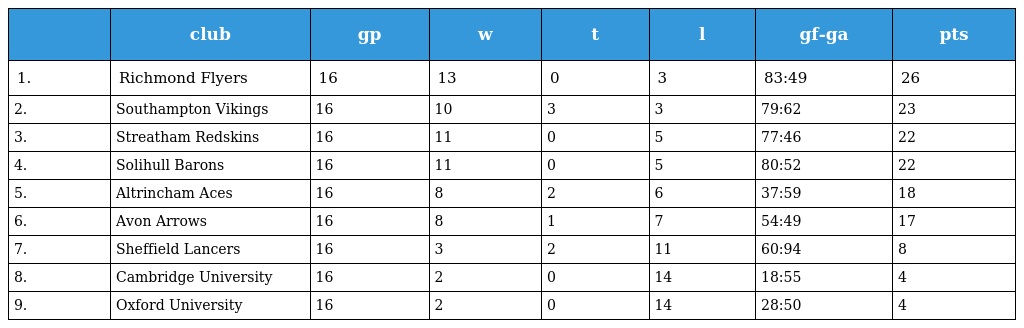
|  | club | gp | w | t | l | gf-ga | pts |
 | --- | --- | --- | --- | --- | --- | --- | --- |
 | 1. | Richmond Flyers | 16 | 13 | 0 | 3 | 83:49 | 26 |
 | 2. | Southampton Vikings | 16 | 10 | 3 | 3 | 79:62 | 23 |
 | 3. | Streatham Redskins | 16 | 11 | 0 | 5 | 77:46 | 22 |
 | 4. | Solihull Barons | 16 | 11 | 0 | 5 | 80:52 | 22 |
 | 5. | Altrincham Aces | 16 | 8 | 2 | 6 | 37:59 | 18 |
 | 6. | Avon Arrows | 16 | 8 | 1 | 7 | 54:49 | 17 |
 | 7. | Sheffield Lancers | 16 | 3 | 2 | 11 | 60:94 | 8 |
 | 8. | Cambridge University | 16 | 2 | 0 | 14 | 18:55 | 4 |
 | 9. | Oxford University | 16 | 2 | 0 | 14 | 28:50 | 4 |